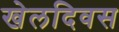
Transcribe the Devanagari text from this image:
खेलदिवस